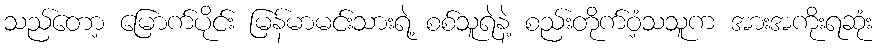
သည်တော့ မြောက်ပိုင်း မြန်မာမင်းသားရဲ့ စစ်သူရဲနဲ့ စည်းတိုက်ဝံ့သသူက အားအကိုးရဆုံး